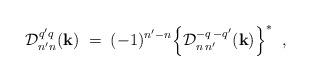
LaTeX: \begin{align*}{\cal D}^{q'q}_{n'n}(\hbox{\bf k})\; =\; (-1)^{n'-n}\Bigl\{ {\cal D}^{-q\, -q'}_{n\, n'}(\hbox{\bf k}) \Bigr\}^{\ast}\;\; , \end{align*}